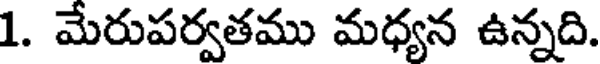
1. మేరుపర్వతము మధ్యన ఉన్నది.